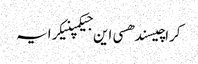
کراچیسندھسی این جیکمپنیکرایہ